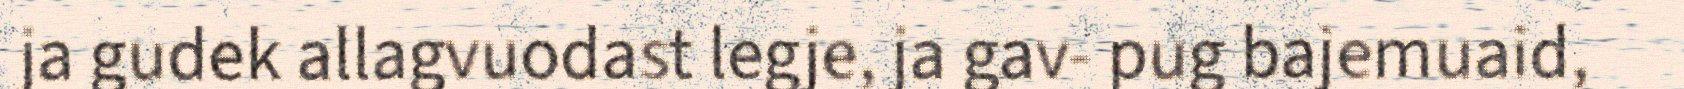
ja gudek allagvuodast legje, ja gav- pug bajemuaid,